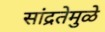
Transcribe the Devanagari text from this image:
सांद्रतेमुळे